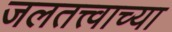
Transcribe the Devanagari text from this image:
जलतत्त्वाच्या